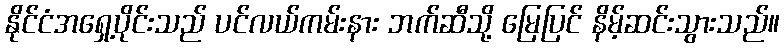
နိုင်ငံအရှေ့ပိုင်းသည် ပင်လယ်ကမ်းနား ဘက်ဆီသို့ မြေပြင် နိမ့်ဆင်းသွားသည်။